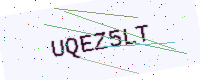
Text: UQEZ5LT